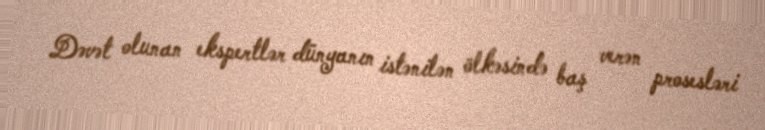
Dəvət olunan ekspertlər dünyanın istənilən ölkəsində baş verən prosesləri